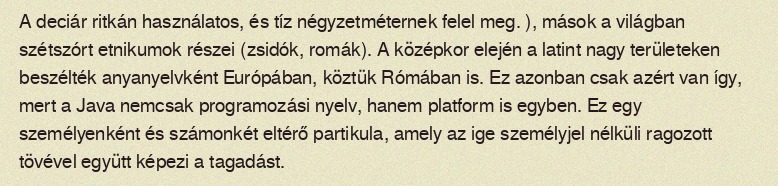
A deciár ritkán használatos, és tíz négyzetméternek felel meg. ), mások a világban szétszórt etnikumok részei (zsidók, romák). A középkor elején a latint nagy területeken beszélték anyanyelvként Európában, köztük Rómában is. Ez azonban csak azért van így, mert a Java nemcsak programozási nyelv, hanem platform is egyben. Ez egy személyenként és számonkét eltérő partikula, amely az ige személyjel nélküli ragozott tövével együtt képezi a tagadást.